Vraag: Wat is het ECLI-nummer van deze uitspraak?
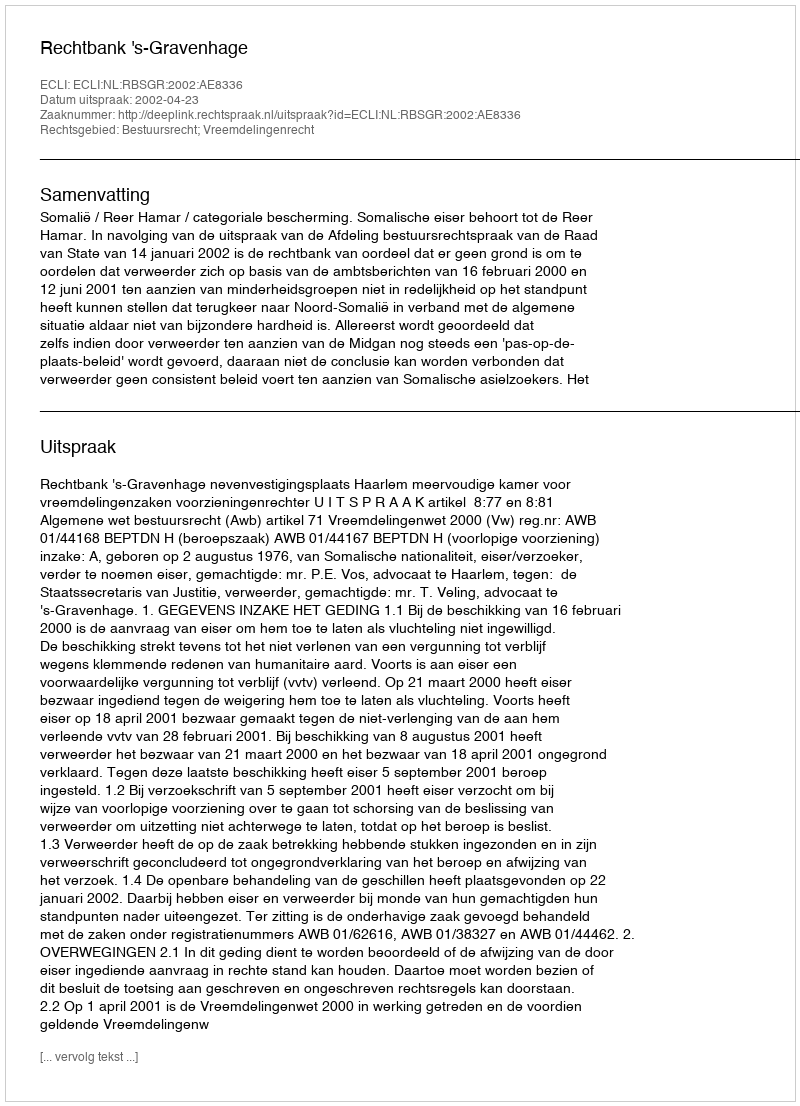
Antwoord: ECLI:NL:RBSGR:2002:AE8336